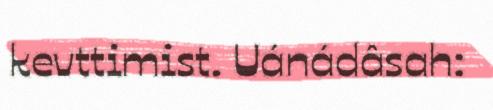
kevttimist. Uánádâsah: